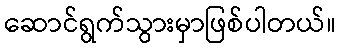
ဆောင်ရွက်သွားမှာဖြစ်ပါတယ်။